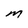
Character: m